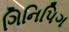
ગિનિપિગ